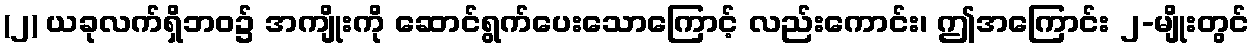
(၂) ယခုလက်ရှိဘဝ၌ အကျိုးကို ဆောင်ရွက်ပေးသောကြောင့် လည်းကောင်း၊ ဤအကြောင်း ၂-မျိုးတွင်